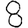
Digit: 8